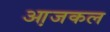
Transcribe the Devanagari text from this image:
आ़जकल